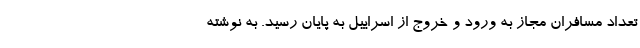
تعداد مسافران مجاز به ورود و خروج از اسراییل به پایان رسید. به نوشته